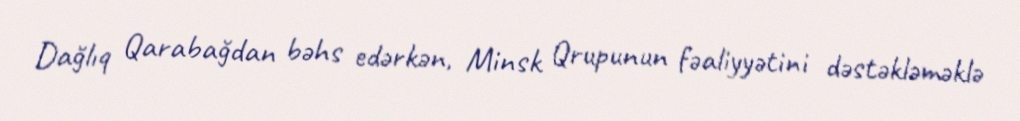
Dağlıq Qarabağdan bəhs edərkən, Minsk Qrupunun fəaliyyətini dəstəkləməklə